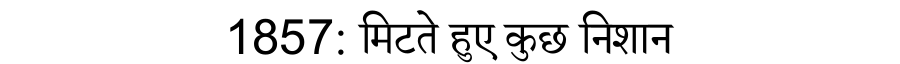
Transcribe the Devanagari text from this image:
1857: मिटते हुए कुछ निशान